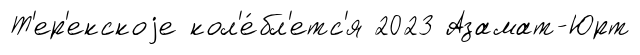
Т'ер'екскоjе кол'е́бл'етс'я 2023 Азамат-Юрт